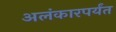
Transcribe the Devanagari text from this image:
अलंकारपर्यंत